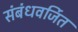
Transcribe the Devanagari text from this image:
संबंधवर्जित